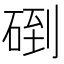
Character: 𥓫